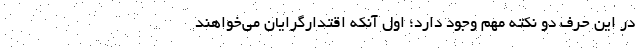
در این حرف دو نکته مهم وجود دارد؛ اول آنکه اقتدارگرایان می‌خواهند